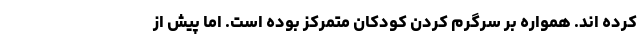
کرده اند. همواره بر سرگرم کردن کودکان متمرکز بوده است. اما پیش از